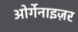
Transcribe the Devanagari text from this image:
ओर्गेनाइज़र